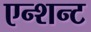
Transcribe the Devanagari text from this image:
एन्शन्ट